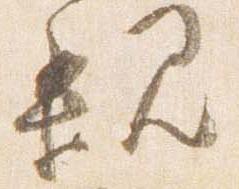
親